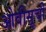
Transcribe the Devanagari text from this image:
ओवीसूची